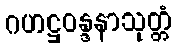
ဂဟဋ္ဌဝန္ဒနာသုတ္တံ